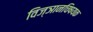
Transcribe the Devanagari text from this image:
विज्ञानचिषयक